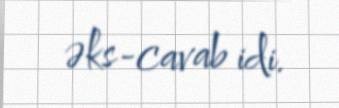
əks-cavab idi.